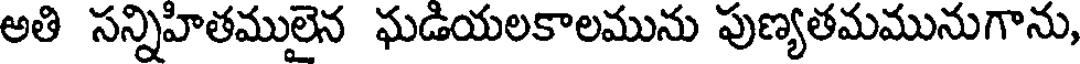
అతి సన్నిహితములైన ఘడియలకాలమును పుణ్యతమమునుగాను,